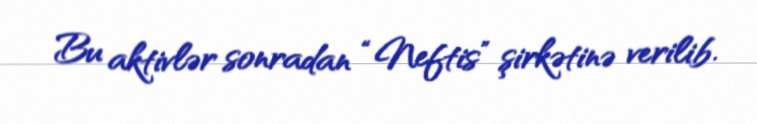
Bu aktivlər sonradan “Neftis” şirkətinə verilib.